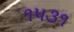
૧૫૩૧